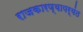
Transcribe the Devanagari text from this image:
राजकारण्यापर्यंत